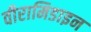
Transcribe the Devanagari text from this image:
वीरामिडाइन